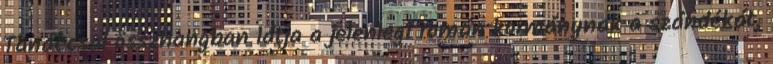
Tanáccsal összhangban látja a jelenlegi román kormánynak a szándékát,